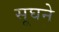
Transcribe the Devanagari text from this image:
सूघने